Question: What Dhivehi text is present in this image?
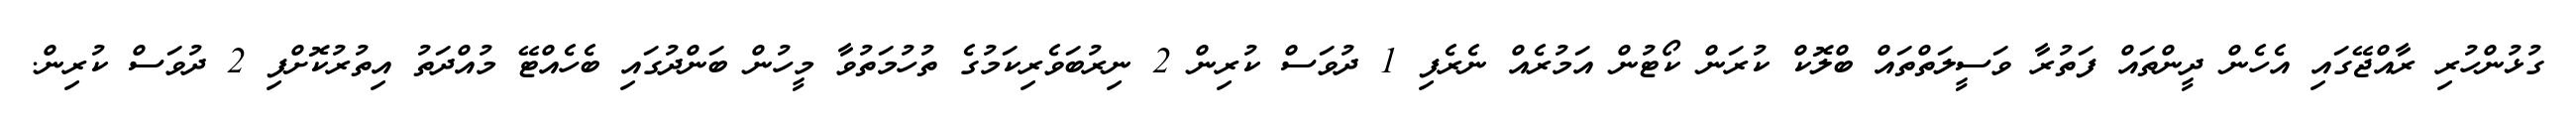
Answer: ގުޅުންހުރި ރާއްޖޭގައި އެހެން ދީންތައް ފަތުރާ ވަސީލަތްތައް ބްލޮކް ކުރަން ކޯޓުން އަމުރެއް ނެރެފި 1 ދުވަސް ކުރިން 2 ނިރުބަވެރިކަމުގެ ތުހުމަތުވާ މީހުން ބަންދުގައި ބެހެއްޓޭ މުއްދަތު އިތުރުކޮށްފި 2 ދުވަސް ކުރިން.